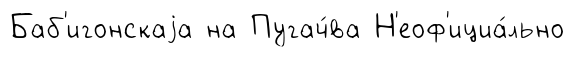
Баб'игонскаjа на Пугач́ва Н'еоф'ициа́льно